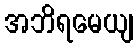
အဘိရမေယျ